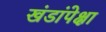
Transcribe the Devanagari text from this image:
खंडांपेक्षा